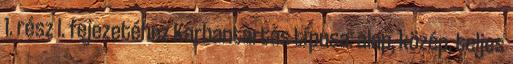
1. rész I. fejezetéhez Karbantartás típusa: alap, közép, teljes